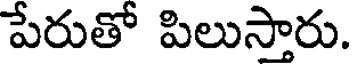
పేరుతో పిలుస్తారు.